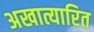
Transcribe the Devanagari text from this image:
अखात्यारित